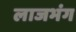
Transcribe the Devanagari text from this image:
लाजभंग